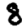
Digit: 8